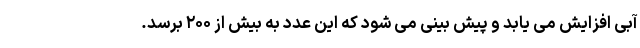
آبی افزایش می یابد و پیش بینی می شود که این عدد به بیش از ۲۰۰ برسد.